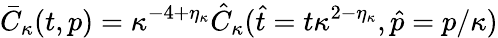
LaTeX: \bar{C}_{\kappa}(t,p)=\kappa^{-4+\eta_{\kappa}}\hat{C}_{\kappa}(\hat{t}=t\kappa^{2-\eta_{\kappa}},\hat{p}=p/\kappa)